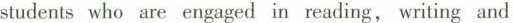
students who are engaged in reading, writing and